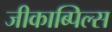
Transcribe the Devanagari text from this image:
जीकाब्पिल्स